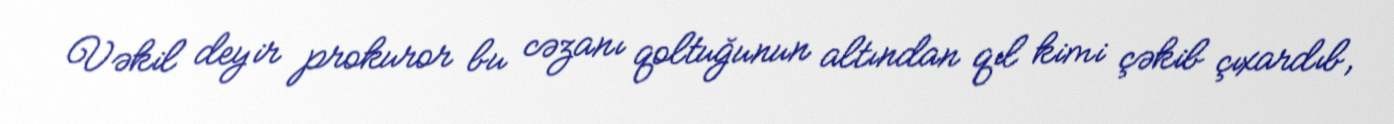
Vəkil deyir prokuror bu cəzanı qoltuğunun altından qıl kimi çəkib çıxardıb,